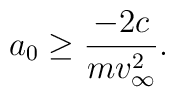
a_0\ge \frac{-2c}{mv_{\infty}^2}.